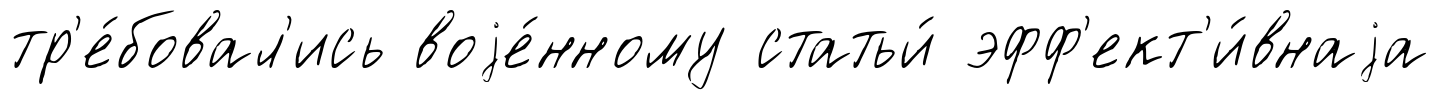
тр'е́бовал'ись воjе́нному статьи́ эфф'ект'и́внаjа